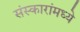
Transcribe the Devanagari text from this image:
संस्कारांमध्ये